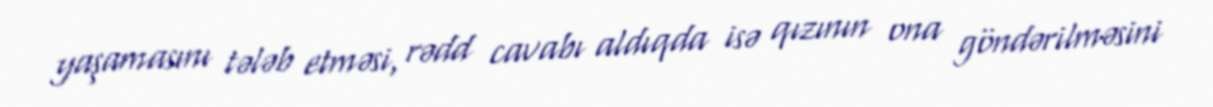
yaşamasını tələb etməsi, rədd cavabı aldıqda isə qızının ona göndərilməsini